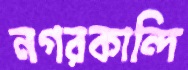
নগরকান্দি